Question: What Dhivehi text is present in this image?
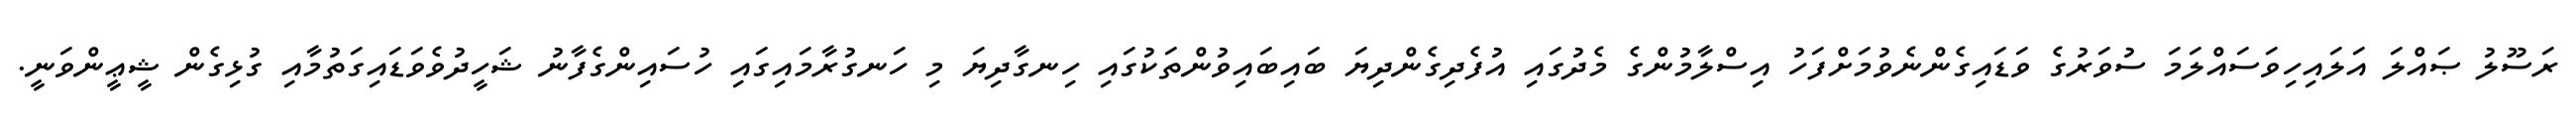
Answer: ރަސޫލު ޞައްލަ އަލައިހިވަސައްލަމަ ސުވަރުގެ ވަޑައިގެންނެވުމަށްފަހު އިސްލާމުންގެ މެދުގައި އުފެދިގެންދިޔަ ބައިބައިވުންތަކުގައި ހިނގާދިޔަ މި ހަނގުރާމައިގައި ހުސައިންގެފާނު ޝަހީދުވެވަޑައިގަތުމާއި ގުޅިގެން ޝީޢީންވަނީ.